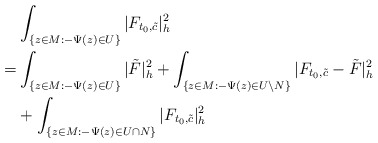
\begin{align*}&\int_{ \{z\in M:-\Psi(z)\in U\}}|F_{t_0,\tilde{c}}|^2_h\\= & \int_{\{z\in M:-\Psi(z)\in U\}}|\tilde F|^2_h+\int_{\{z\in M:-\Psi(z)\in U\backslash N\}}|F_{t_0,\tilde{c}}-\tilde F|^2_h\\&+\int_{ \{z\in M: -\Psi(z)\in U\cap N\}}|F_{t_0,\tilde{c}}|^2_h\end{align*}